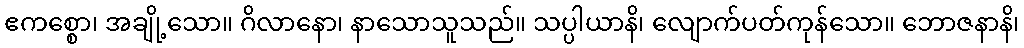
ဧကစ္စော၊ အချို့သော။ ဂိလာနော၊ နာသောသူသည်။ သပ္ပါယာနိ၊ လျောက်ပတ်ကုန်သော။ ဘောဇနာနိ၊